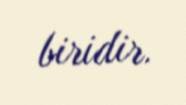
biridir.